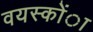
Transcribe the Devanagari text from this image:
वयस्कोंा